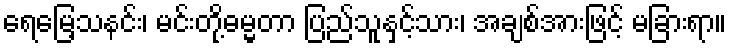
ရေမြေ့သနင်း၊ မင်းတို့ဓမ္မတာ ပြည်သူနှင့်သား၊ အချစ်အားဖြင့် မခြားရာ။